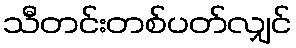
သီတင်းတစ်ပတ်လျှင်